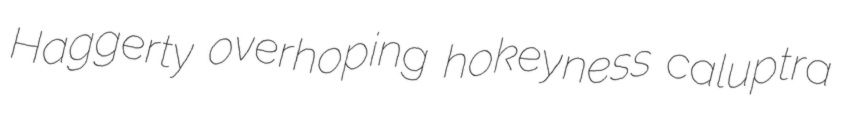
Haggerty overhoping hokeyness caluptra